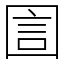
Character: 圁